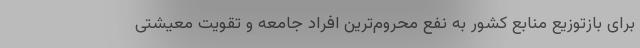
برای بازتوزیع منابع کشور به نفع محروم‌ترین افراد جامعه و تقویت معیشتی